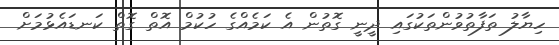
ހިޔާލު ތަފާތުވުންތަކުގައި ދީނީ ގޮތުން އެ ކަމެއްގެ ހުކުމް އޮތް ގޮތް ކަނޑައެޅުމަށް